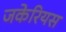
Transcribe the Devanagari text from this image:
जकेरियस